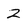
Character: 2